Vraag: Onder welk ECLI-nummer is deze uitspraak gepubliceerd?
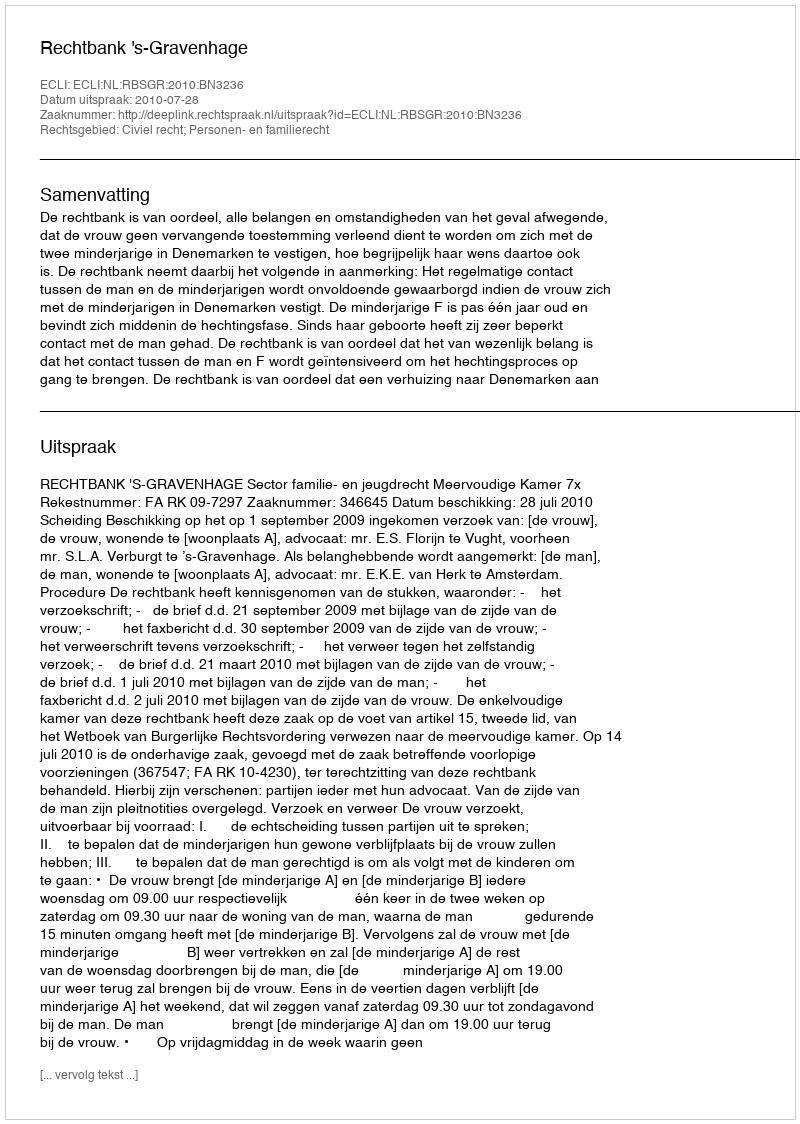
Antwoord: ECLI:NL:RBSGR:2010:BN3236